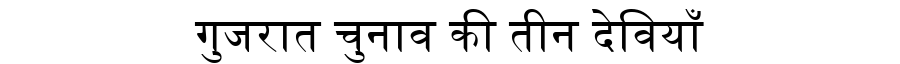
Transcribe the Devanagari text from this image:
गुजरात चुनाव की तीन देवियाँ